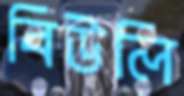
বিউলি